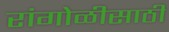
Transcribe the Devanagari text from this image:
रांगोळीसाठी